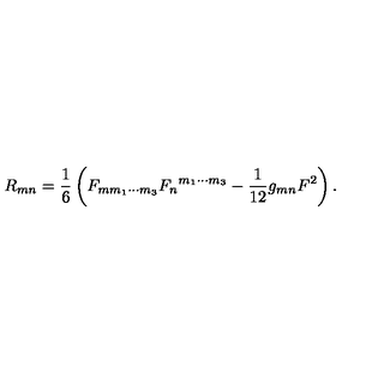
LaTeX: R _ { m n } = \frac { 1 } { 6 } \left( F _ { m m _ { 1 } \cdots m _ { 3 } } { F _ { n } } ^ { m _ { 1 } \cdots m _ { 3 } } - \frac { 1 } { 1 2 } g _ { m n } F ^ { 2 } \right) .